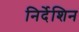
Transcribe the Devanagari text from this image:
निर्देशिन